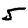
Digit: 5